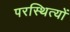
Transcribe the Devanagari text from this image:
परस्थित्यों